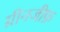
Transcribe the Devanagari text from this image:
ग्रीनजीफ़